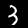
Digit: 3